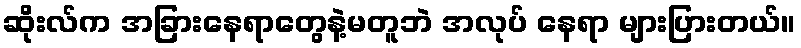
ဆိုးလ်က အခြားနေရာတွေနဲ့မတူဘဲ အလုပ် နေရာ များပြားတယ်။